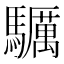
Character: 𩧃